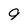
Character: 0